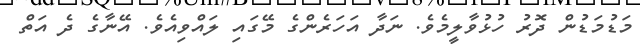
މަޑުމަޑުން ދޮރު ހުޅުވާލީމެވެ. ނަދާ އަހަރެންގެ މޭގައި ލައްވިއެވެ. އޭނާގެ ދެ އަތް